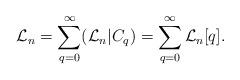
LaTeX: \begin{align*}\mathcal L_n = \sum_{q=0}^{\infty} (\mathcal L_n | C_q)= \sum_{q=0}^{\infty} \mathcal L_n[q].\end{align*}